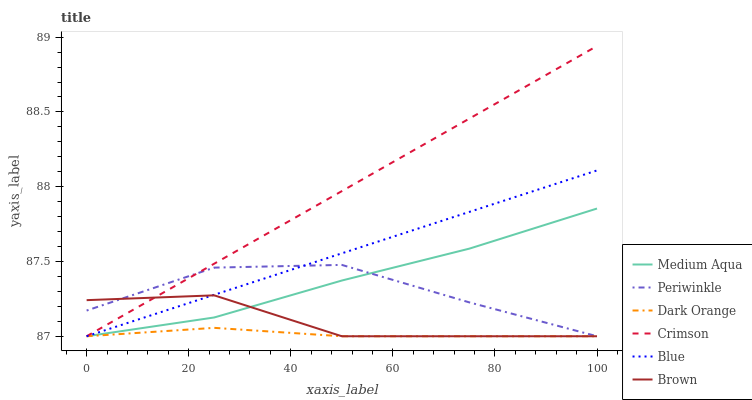
| xaxis_label | Medium Aqua | Periwinkle | Dark Orange | Crimson | Blue | Brown |
 | --- | --- | --- | --- | --- | --- | --- |
 | 0 | 87 | 87.2 | 87 | 87 | 87 | 87.2 |
 | 25 | 87.1 | 87.5 | 87.1 | 87.5 | 87.3 | 87.3 |
 | 50 | 87.4 | 87.5 | 87 | 88 | 87.6 | 87 |
 | 75 | 87.6 | 87.2 | 87 | 88.5 | 87.8 | 87 |
 | 100 | 87.9 | 87 | 87 | 88.9 | 88.1 | 87 |